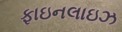
ફાઇનલાઇઝ